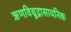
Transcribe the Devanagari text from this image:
ऋणविद्युद्रासायनिक